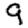
Digit: 9